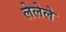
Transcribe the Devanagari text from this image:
लेलेले